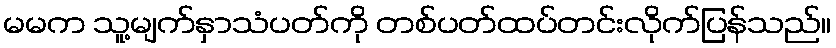
မမက သူ့မျက်နှာသံပတ်ကို တစ်ပတ်ထပ်တင်းလိုက်ပြန်သည်။